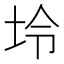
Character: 坽